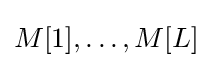
M[1],\ldots ,M[L]